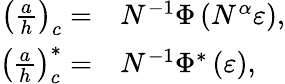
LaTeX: \begin{array}{rl}{\left(\frac{a}{h}\right)_{c}=}&{{}N^{-1}\Phi\left(N^{\alpha}\varepsilon\right),}\\ {\left(\frac{a}{h}\right)_{c}^{*}=}&{{}N^{-1}\Phi^{*}\left(\varepsilon\right),}\end{array}